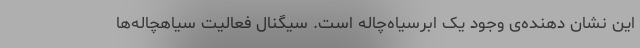
این نشان ‌دهنده‌ی وجود یک ابرسیاه‌چاله است. سیگنال فعالیت سیاهچاله‌ها